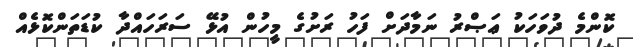
ކޮންމެ ދުވަހަކު ޢަޞްރު ނަމާދަށް ފަހު ރަށުގެ މީހުން އުޅޭ ސަރަހައްދާ ކުޑަތަންކޮޅެއް